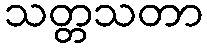
သတ္တသတာ